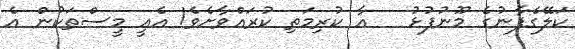
ކަލޭގެފާނުގެ މޫނުފުޅު   އާ ކުރިމަތި ކުރައްވާށެވެ! އެއީ މީސްތަކުން އެ